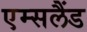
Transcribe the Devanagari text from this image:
एम्सलैंड